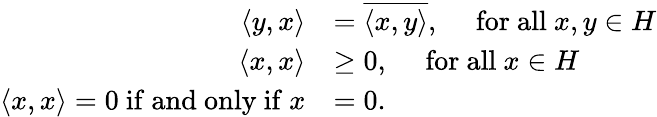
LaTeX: {\begin{array}{rl}{\langle y,x\rangle}&{={\overline{{\langle x,y\rangle}}},\quad{\mathrm{~for~all~}}x,y\in H}\\ {\langle x,x\rangle}&{\geq 0,\quad{\mathrm{~for~all~}}x\in H}\\ {\langle x,x\rangle=0{\mathrm{~if~and~only~if~}}x}&{=0.}\end{array}}